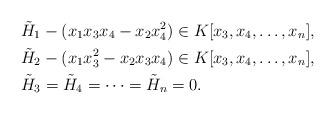
LaTeX: \begin{align*}\tilde{H}_1 &- (x_1x_3x_4-x_2x_4^2) \in K[x_3,x_4,\ldots,x_n]\mbox{,} \\\tilde{H}_2 &- (x_1x_3^2-x_2x_3x_4) \in K[x_3,x_4,\ldots,x_n]\mbox{,} \\\tilde{H}_3 &= \tilde{H}_4 = \cdots = \tilde{H}_n = 0\mbox{.}\end{align*}